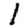
Digit: 1